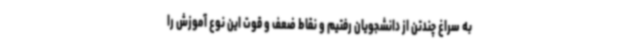
به سراغ چندتن از دانشجویان رفتیم و نقاط ضعف و قوت این نوع آموزش را